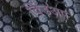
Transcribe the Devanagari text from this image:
विंडअप